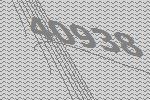
40938